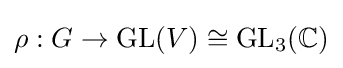
\rho :G\to {\text{GL}}(V)\cong {\text{GL}}_{3}(\mathbb {C} )